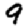
Digit: 9